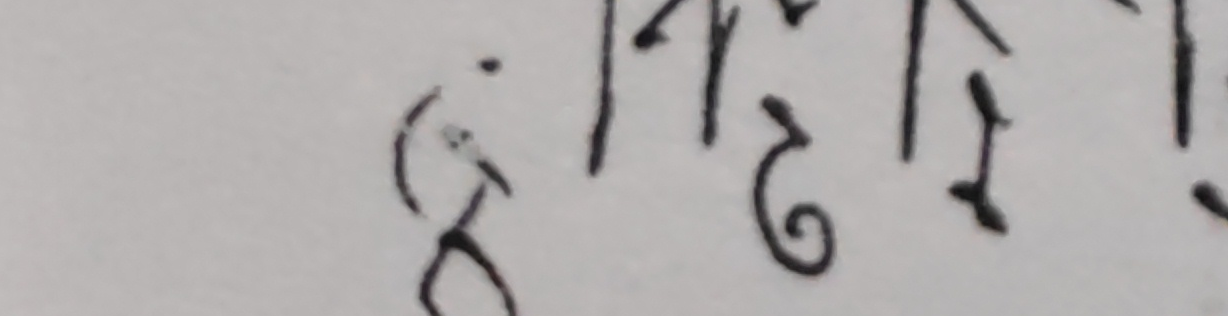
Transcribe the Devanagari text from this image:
६१